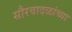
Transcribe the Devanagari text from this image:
सौरवादळांच्या